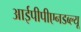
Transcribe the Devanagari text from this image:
आईपीपीएनडब्ल्यू